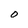
Character: o